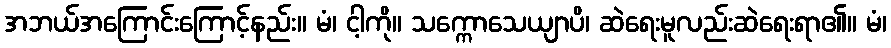
အဘယ်အကြောင်းကြောင့်နည်း။ မံ၊ ငါ့ကို။ သက္ကောသေယျာပိ၊ ဆဲရေးမူလည်းဆဲရေးရာ၏။ မံ၊